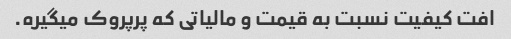
افت کیفیت نسبت به قیمت و مالیاتی که پرپروک میگیره.